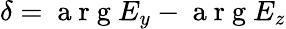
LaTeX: \delta=\mathrm{~a~r~g~}E_{y}-\mathrm{~a~r~g~}E_{z}